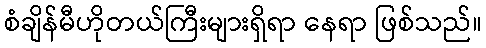
စံချိန်မီဟိုတယ်ကြီးများရှိရာ နေရာ ဖြစ်သည်။